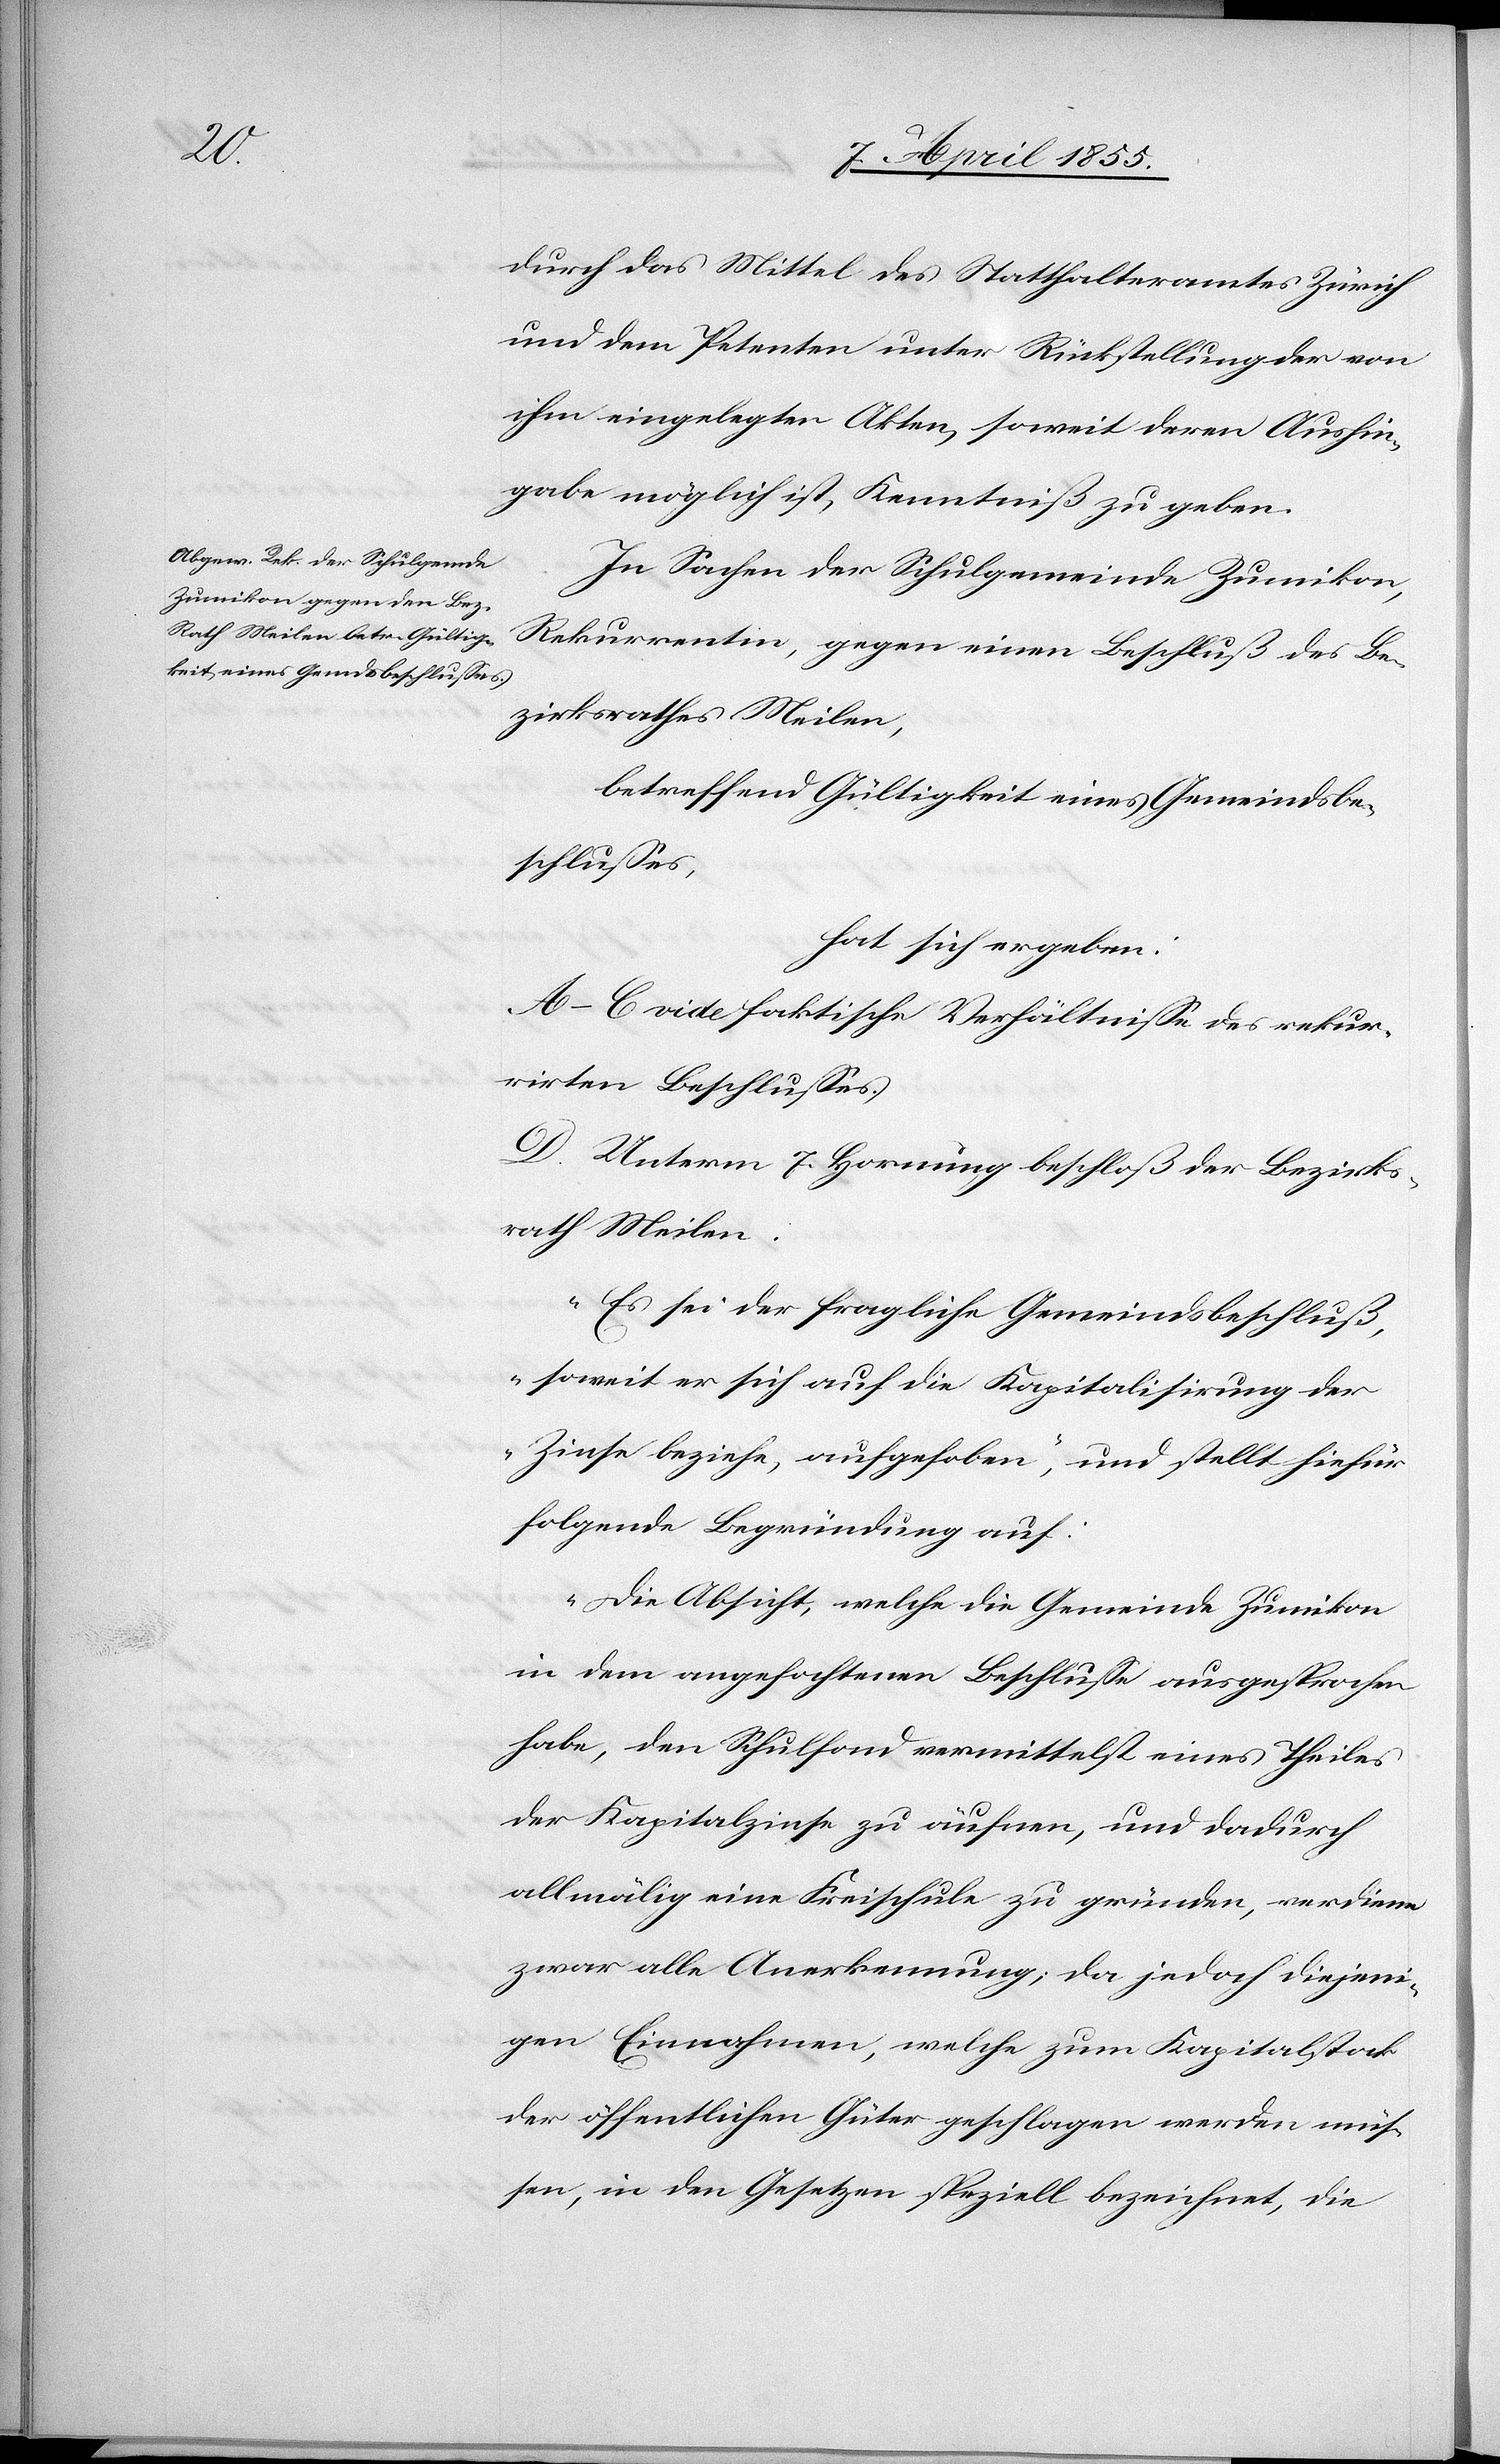
durch das Mittel des Statthalteramtes Zürich
und dem Petenten unter Rückstellung der von
ihm eingelegten Akten, soweit deren Aushin¬
gabe möglich ist, Kenntniß zu geben.
In Sachen der Schulgemeinde Zumikon,
Rekurrentin, gegen einen Beschluß des Be¬
zirksrathes Meilen,
betreffend Gültigkeit eines Gemeindsbe¬
schlusses,
hat sich ergeben:
A–C vide faktische Verhältnisse des rekur¬
rirten Beschlusses.
D. Unterm 7. Hornung beschloß der Bezirks¬
rath Meilen.
„Es sei der fragliche Gemeindsbeschluß,
soweit er sich auf die Kapitalisirung der
Zinse beziehe, aufgehoben“, und stellt hiefür
folgende Begründung auf:
„Die Absicht, welche die Gemeinde Zumikon
in dem angefochtenen Beschlusse ausgesprochen
habe, den Schulfond vermittelst eines Theiles
der Kapitalzinse zu äufnen, und dadurch
allmälig eine Freischule zu gründen, verdiene
zwar alle Anerkennung; da jedoch diejeni¬
gen Einnahmen, welche zum Kapitalstock
der öffentlichen Güter geschlagen werden müs¬
sen, in den Gesetzen speziell bezeichnet, die